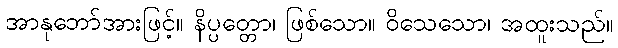
အာနုဘော်အားဖြင့်။ နိပ္ပတ္တော၊ ဖြစ်သော။ ဝိသေသော၊ အထူးသည်။